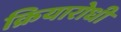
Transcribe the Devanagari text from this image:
क्रियारोधी